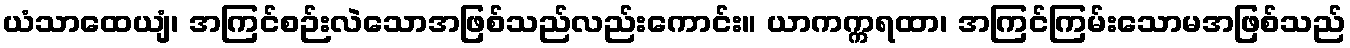
ယံသာထေယျံ၊ အကြင်စဉ်းလဲသောအဖြစ်သည်လည်းကောင်း။ ယာကက္ကရထာ၊ အကြင်ကြမ်းသောမအဖြစ်သည်